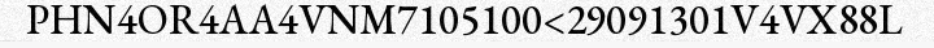
PHN4OR4AA4VNM7105100<29091301V4VX88L